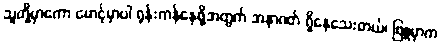
သူတို့မှာကော မောင့်မှာပါ ရုန်းကန်နေဖို့အတွက် အနာဂတ် ရှိနေသေးတယ်၊ ဖြူမှာက